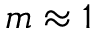
m \approx 1